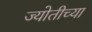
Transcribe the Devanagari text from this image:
ज्योतीच्या